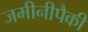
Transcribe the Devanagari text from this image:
जमीनीपैकी